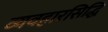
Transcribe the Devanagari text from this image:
व्यवहारसिद्धि